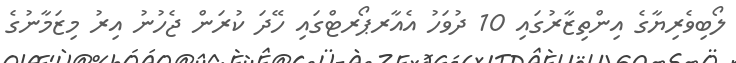
ލޯބިވެރިޔާގެ އިންތިޒާރުގައި 10 ދުވަހު އެއާރޕޯރޓްގައި ހޭދަ ކުރަން ޖެހުނު އިރު މިޒަމާނުގެ